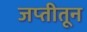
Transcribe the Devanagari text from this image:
जप्तीतून